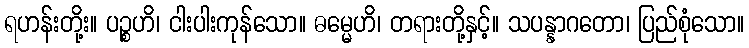
ရဟန်းတို့း။ ပဉ္စဟိ၊ ငါးပါးကုန်သော။ ဓမ္မေဟိ၊ တရားတို့နှင့်။ သပန္နာဂတော၊ ပြည်စုံသော။